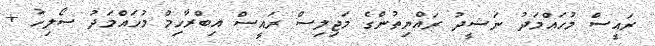
ރައީސް މުހައްމަދު ނަޝީދު ރައްޔިތުންގެ މަޖިލިސް ރައީސް އިބްރާހިމް މުހައްމަދު ސޯލިހު +